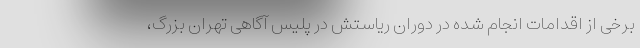
برخی از اقدامات انجام شده در دوران ریاستش در پلیس آگاهی تهران بزرگ،